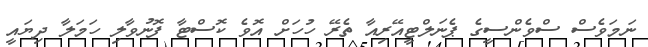
ނަމަވެސް ސްވެންސީގެ ޕެނަލްޓީއޭރިއާ ތެރޭ ހުހަށް އޮވެ ކޮސްޓާ ފޮނުވާލި ހަމަލާ ދިޔައީ